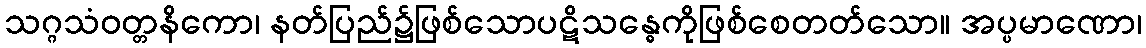
သဂ္ဂသံဝတ္တနိကော၊ နတ်ပြည်၌ဖြစ်သောပဋိသန္ဓေကိုဖြစ်စေတတ်သော။ အပ္ပမာဏော၊